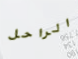
الراحل